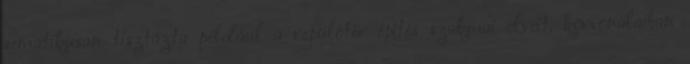
sematikusan tisztázta például a repülôtér építés szakmai elveit, körvonalaiban